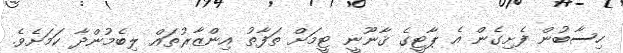
ހިސާބުން ފެށިގެން އެ ޕާޓީގެ ޤާނޫނީ ޓީމަށް ތަފާތު އިންޒާރުތައް ލިބެމުންދާ ކަމަށެވެ.